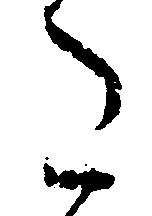
た